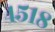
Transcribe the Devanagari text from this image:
४५१८